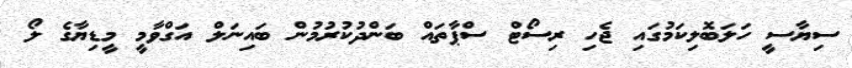
ސިޔާސީ ހަލަބޮލިކަމުގައި ޖެހި ރިސޯޓް ސްޕާތައް ބަންދުކުރުމުން ބައިނަލް އަގްވާމީ މީޑިޔާގެ ލޯ